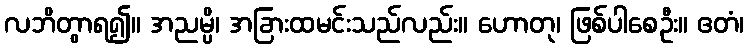
လဘိတွာရ၍။ အညမ္ပိ၊ အခြားထမင်းသည်လည်း။ ဟောတု၊ ဖြစ်ပါစေဦး။ ဧတံ၊